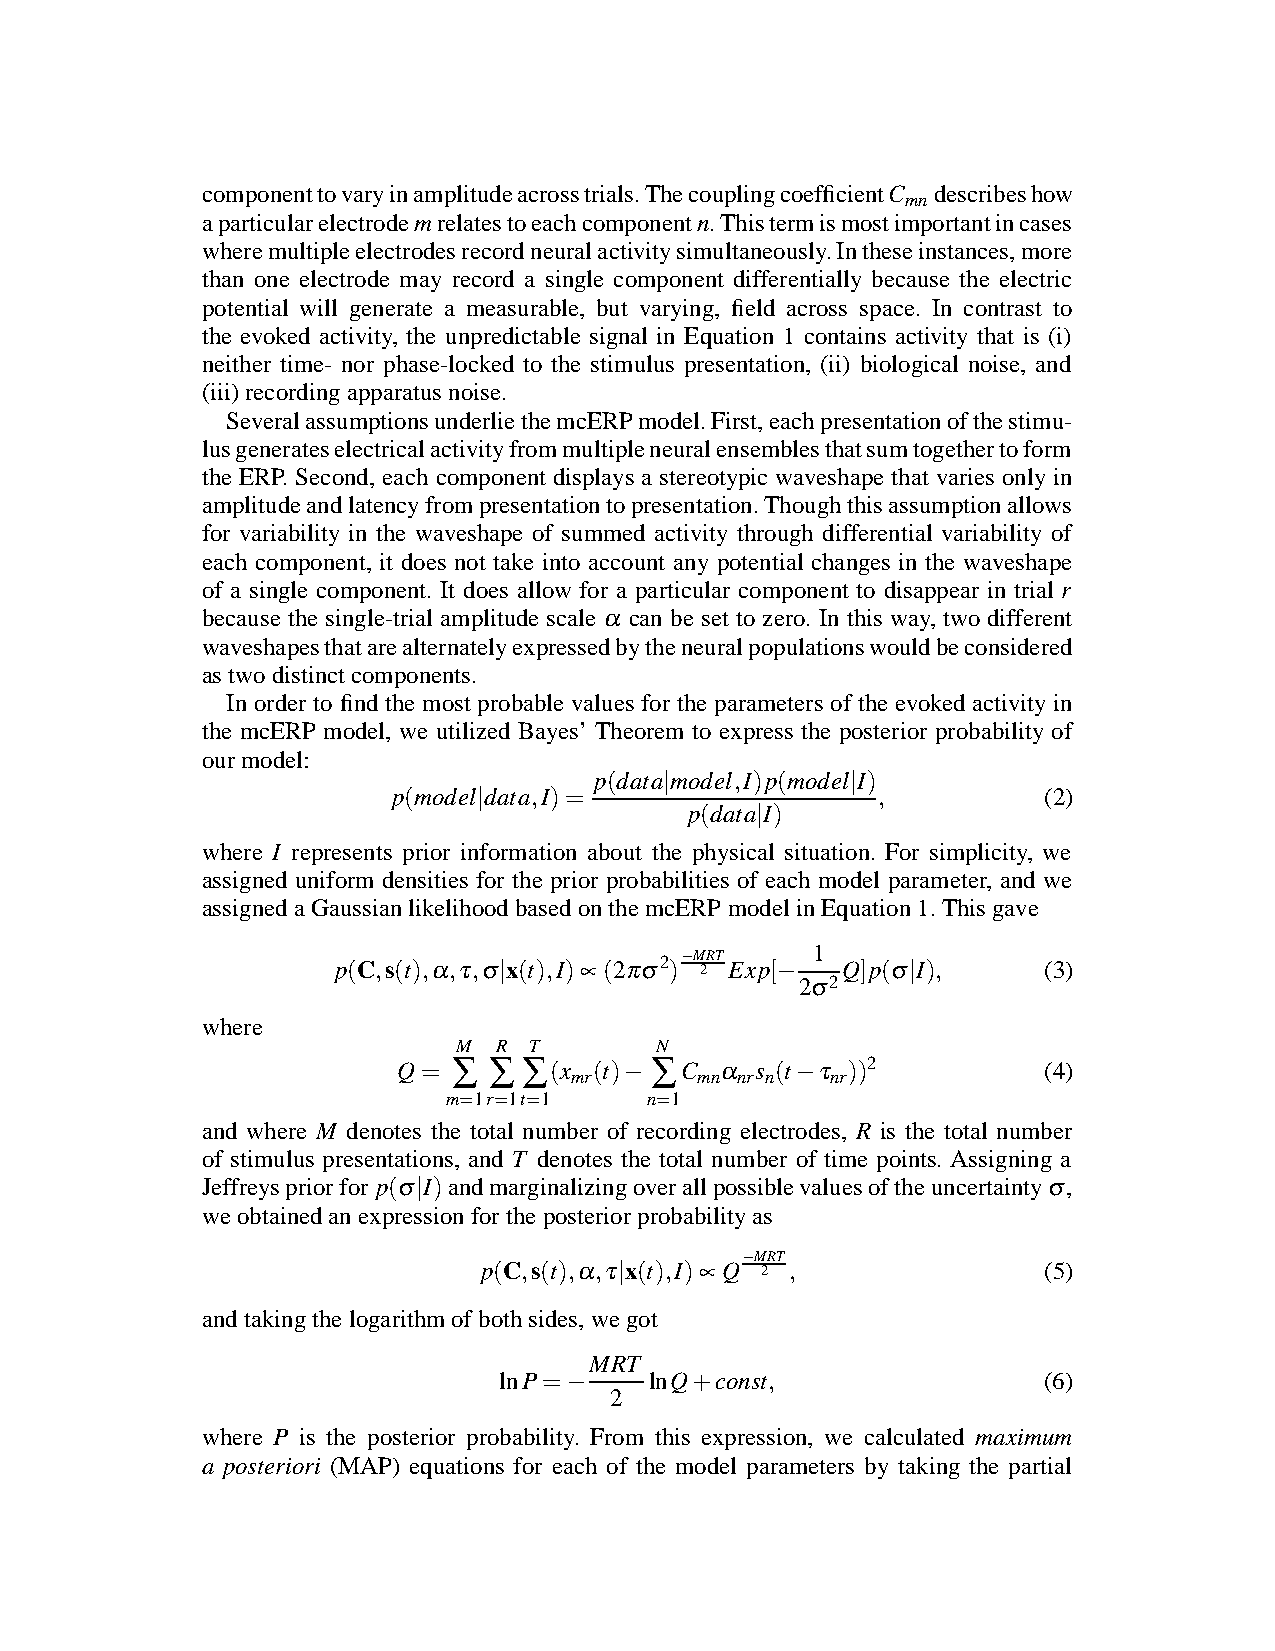
componenttovaryinamplitudeacrosstrials.ThecouplingcoefficientC describeshow
 mn
 aparticularelectrodemrelatestoeachcomponentn.Thistermismostimportantincases
 wheremultipleelectrodesrecordneuralactivitysimultaneously.Intheseinstances,more
 than one electrode may record a single component differentially because the electric
 potential will generate a measurable, but varying, field across space. In contrast to
 the evoked activity, the unpredictable signal in Equation 1 contains activity that is (i)
 neither time- nor phase-locked to the stimulus presentation, (ii) biological noise, and
 (iii)recordingapparatusnoise.
 SeveralassumptionsunderliethemcERPmodel.First,eachpresentationofthestimu-
 lusgenerateselectricalactivityfrommultipleneuralensemblesthatsumtogethertoform
 the ERP. Second, each component displays a stereotypic waveshape that varies only in
 amplitudeandlatencyfrompresentationtopresentation.Thoughthisassumptionallows
 for variability in the waveshape of summed activity through differential variability of
 each component, it does not take into account any potential changes in the waveshape
 of a single component. It does allow for a particular component to disappear in trial r
 because the single-trial amplitude scale αcan be set to zero. In this way, two different
 waveshapesthatarealternatelyexpressedbytheneuralpopulationswouldbeconsidered
 astwodistinctcomponents.
 In order to find the most probable values for the parameters of the evoked activity in
 the mcERP model, we utilized Bayes’ Theorem to express the posterior probability of
 ourmodel:
 p(data|model,I)p(model|I)
 p(model|data,I)=                ,          (2)
 p(data|I)
 where I represents prior information about the physical situation. For simplicity, we
 assigned uniform densities for the prior probabilities of each model parameter, and we
 assignedaGaussianlikelihoodbasedonthemcERPmodelinEquation1.Thisgave
 p(C,s(t),α,τ,σ|x(t),I)∝(2πσ2)−M 2RT Exp[− 1 Q]p(σ|I), (3)
 2σ2
 where
 M  R T       N
 Q=  ∑ ∑  ∑(x (t)− ∑ C α s (t−τ ))2         (4)
 mr      mn nr n  nr
 m=1r=1t=1    n=1
 and where M denotes the total number of recording electrodes, R is the total number
 of stimulus presentations, and T denotes the total number of time points. Assigning a
 Jeffreyspriorfor p(σ|I)andmarginalizingoverallpossiblevaluesoftheuncertaintyσ,
 weobtainedanexpressionfortheposteriorprobabilityas
 p(C,s(t),α,τ|x(t),I)∝Q−M 2RT,
 (5)
 andtakingthelogarithmofbothsides,wegot
 MRT
 lnP=−     lnQ+const,                (6)
 2
 where P is the posterior probability. From this expression, we calculated maximum
 a posteriori (MAP) equations for each of the model parameters by taking the partial